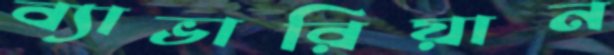
ব্যাভারিয়ান